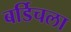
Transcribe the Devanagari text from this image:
बर्डिचला